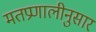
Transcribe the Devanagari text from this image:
मतप्रणालीनुसार